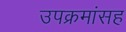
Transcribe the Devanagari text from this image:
उपक्रमांसह